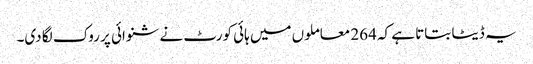
یہ ڈیٹا بتاتا ہے کہ 264 معاملوں میں ہائی کورٹ نے شنوائی پر روک لگا دی۔